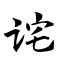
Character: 诧